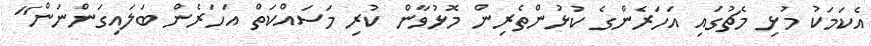
އެކަމަކު މުޅި މެޗުގައި އަހަރެންގެ ކުޅުންތެރިން މޮޅުވާން ކުރި މަސައްކަތް އަހަރެން ބަލައިގަންނަން"